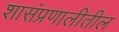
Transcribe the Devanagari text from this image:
शासंप्रणालीतील